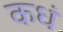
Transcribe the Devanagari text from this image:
कधं